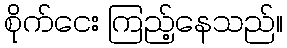
စိုက်ငေး ကြည့်နေသည်။